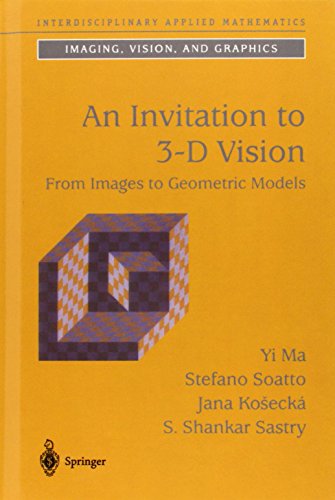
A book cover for An Invitation to 3-D Vision: From Images to Geometric Models (Interdisciplinary Applied Mathematics); Yi Ma; Computers & Technology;